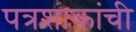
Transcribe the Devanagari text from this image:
पत्रशाकांची